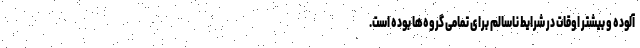
آلوده و بیشتر اوقات در شرایط ناسالم برای تمامی گروه‌ها بوده است.